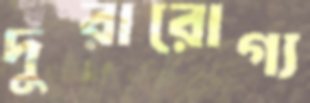
দুরারোগ্য